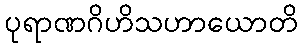
ပုရာဏဂိဟိသဟာယောတိ